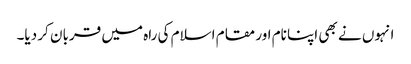
انہوں نے بھی اپنا نام اور مقام اسلام کی راہ میں قربان کر دیا۔